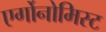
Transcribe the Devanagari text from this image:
एर्गोनोमिस्ट